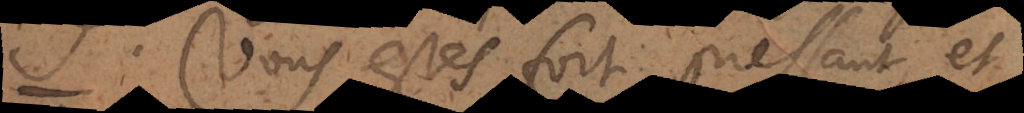
Vous estes fort pressant